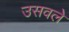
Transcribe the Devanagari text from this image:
उसवले